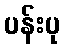
ပန်းပု